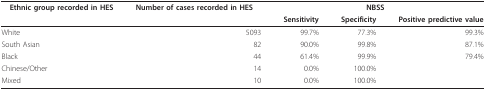
<table><thead><tr><td><b>Ethnic group recorded in HES</b></td><td><b>Number of cases recorded in HES</b></td><td colspan="3"><b>NBSS</b></td></tr><tr><td></td><td></td><td><b>Sensitivity</b></td><td><b>Specificity</b></td><td><b>Positive predictive value</b></td></tr></thead><tbody><tr><td>White</td><td>5093</td><td>99.7%</td><td>77.3%</td><td>99.3%</td></tr><tr><td>South Asian</td><td>82</td><td>90.0%</td><td>99.8%</td><td>87.1%</td></tr><tr><td>Black</td><td>44</td><td>61.4%</td><td>99.9%</td><td>79.4%</td></tr><tr><td>Chinese/Other</td><td>14</td><td>0.0%</td><td>100.0%</td><td></td></tr><tr><td>Mixed</td><td>10</td><td>0.0%</td><td>100.0%</td><td></td></tr></tbody></table>